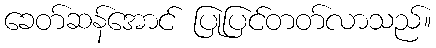
ခေတ်ဆန်အောင် ပြုပြင်တတ်လာသည်။